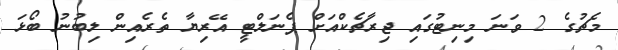
މެޗުގެ 2 ވަނަ މިނިޓުގައި ޖިރާޗެކްއަށް ޕެނަލްޓީ އޭރިޔާ ތެރެއިން ލިބުނު ބޯޅަ